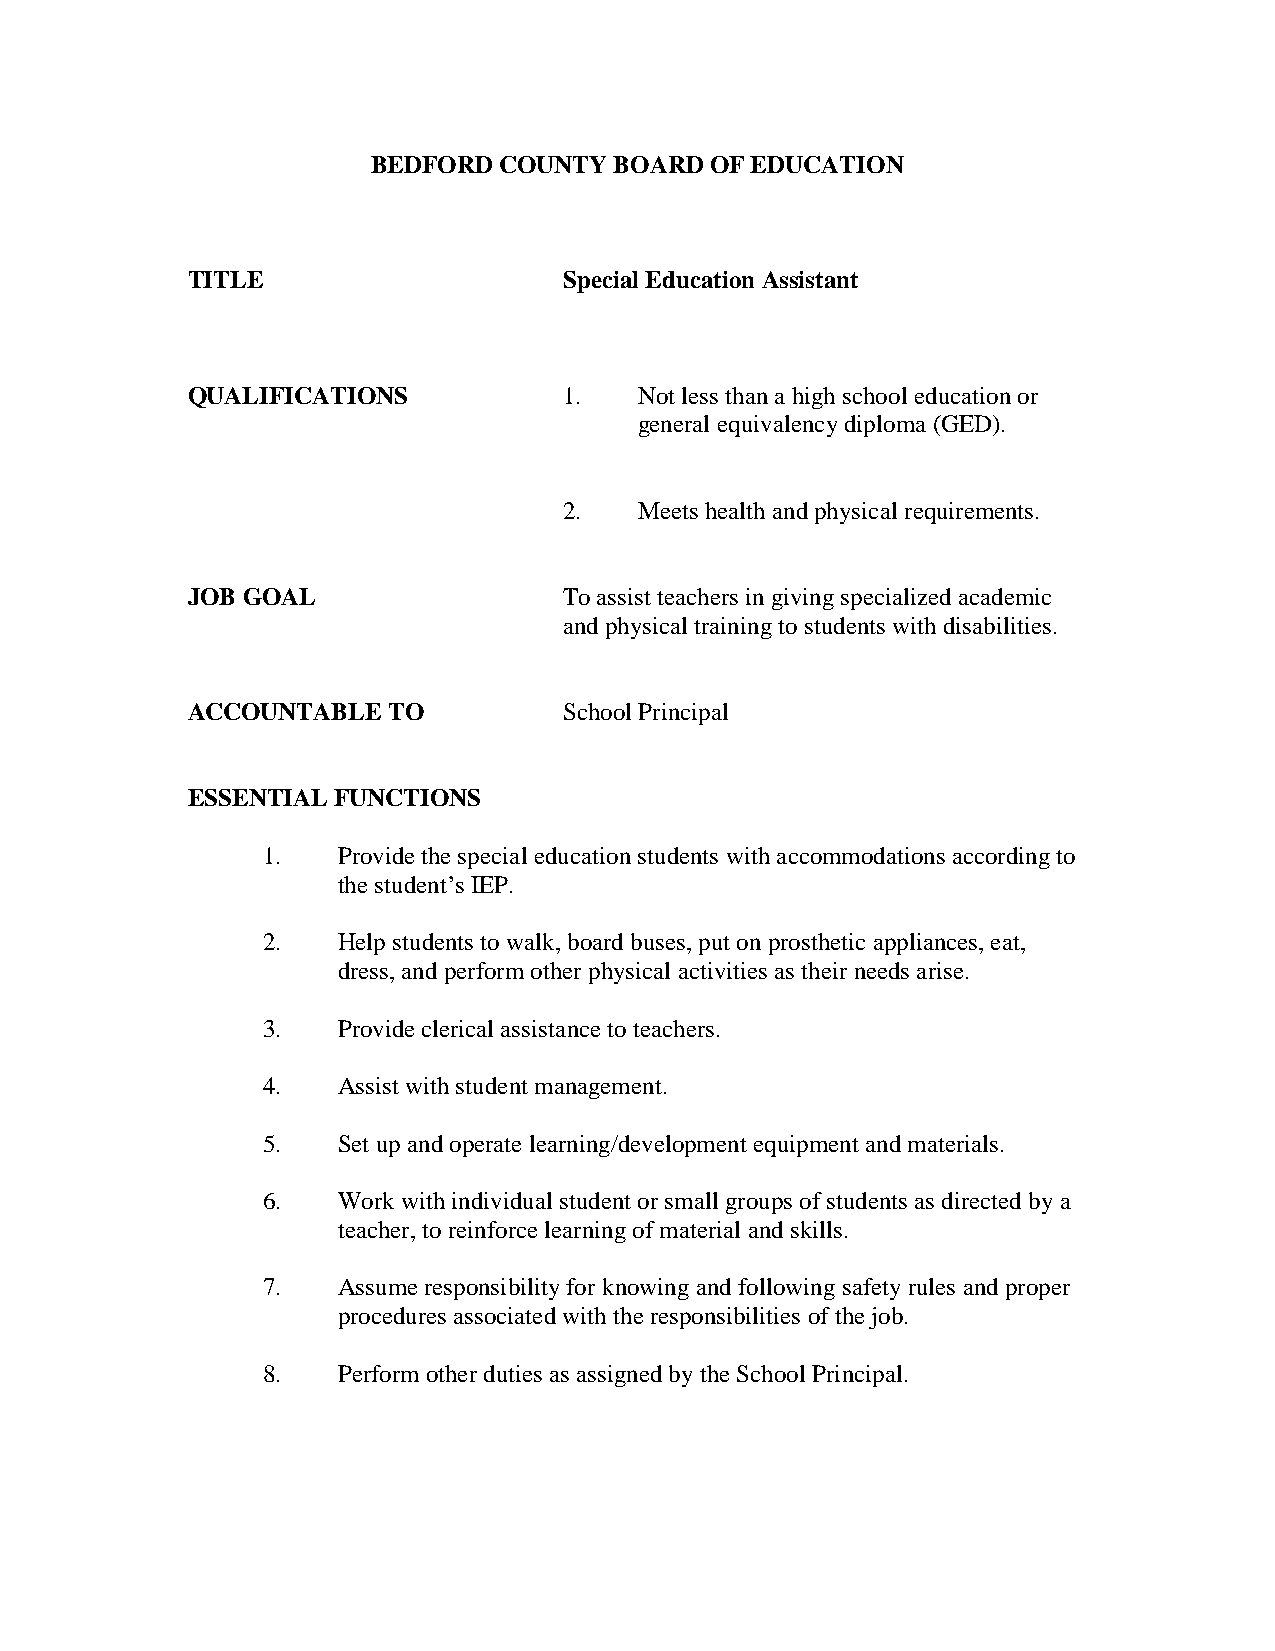
BEDFORD COUNTY  BOARD OF EDUCATION
 TITLE                    Special Education Assistant
 QUALIFICATIONS           1.   Not less than a high school education or
 general equivalency diploma (GED).
 2.   Meets health and physical requirements.
 JOB GOAL                 To assist teachers in giving specialized academic
 and physical training to students with disabilities.
 ACCOUNTABLE   TO         School Principal
 ESSENTIAL FUNCTIONS
 1.   Provide the special education students with accommodations according to
 the student’s IEP.
 2.   Help students to walk, board buses, put on prosthetic appliances, eat,
 dress, and perform other physical activities as their needs arise.
 3.   Provide clerical assistance to teachers.
 4.   Assist with student management.
 5.   Set up and operate learning/development equipment and materials.
 6.   Work with individual student or small groups of students as directed by a
 teacher, to reinforce learning of material and skills.
 7.   Assume responsibility for knowing and following safety rules and proper
 procedures associated with the responsibilities of the job.
 8.   Perform other duties as assigned by the School Principal.